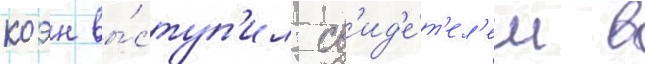
коэн вы́ступ'ил св'ид'е́т'ел'ем в